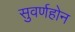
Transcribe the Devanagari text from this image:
सुवर्णहोन